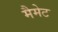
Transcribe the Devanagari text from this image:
मैमेट